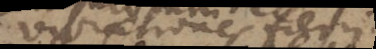
vibrationes fieri